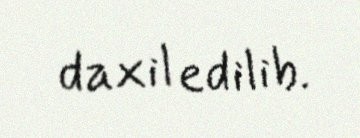
daxil edilib.